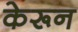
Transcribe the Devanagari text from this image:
केरून